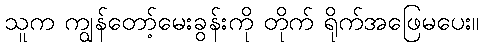
သူက ကျွန်တော့်မေးခွန်းကို တိုက် ရိုက်အဖြေမပေး။